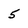
Character: 5